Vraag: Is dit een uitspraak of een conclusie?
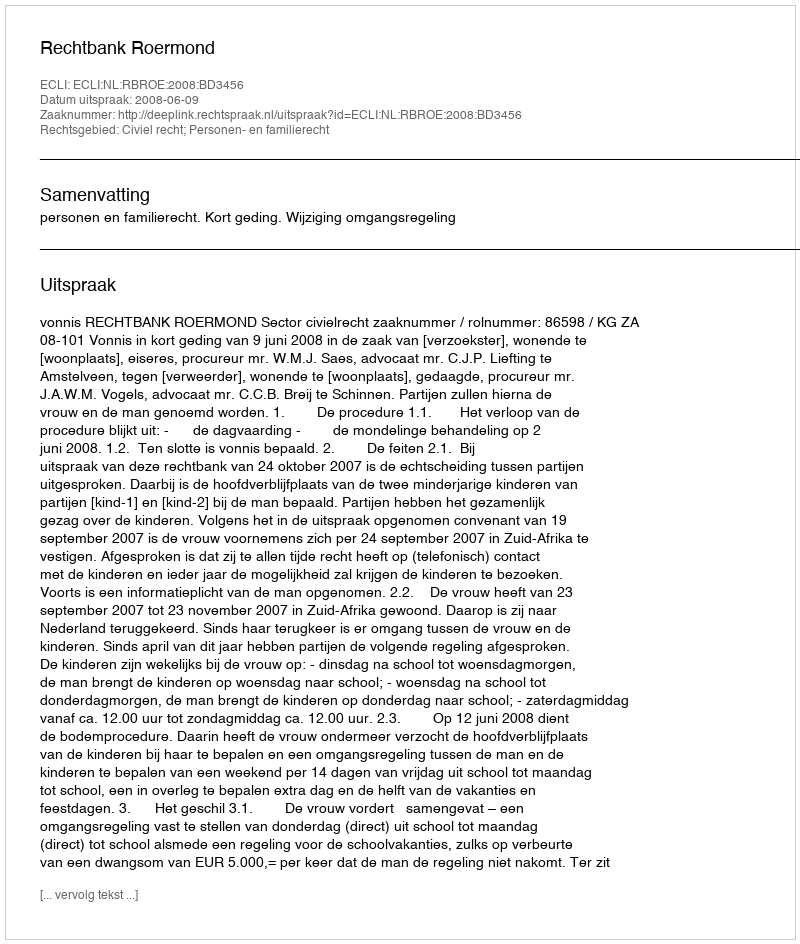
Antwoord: Uitspraak